Report of the Indian Hemp Drugs Commission, 1894-1895 - Volume VII
Year: 1894
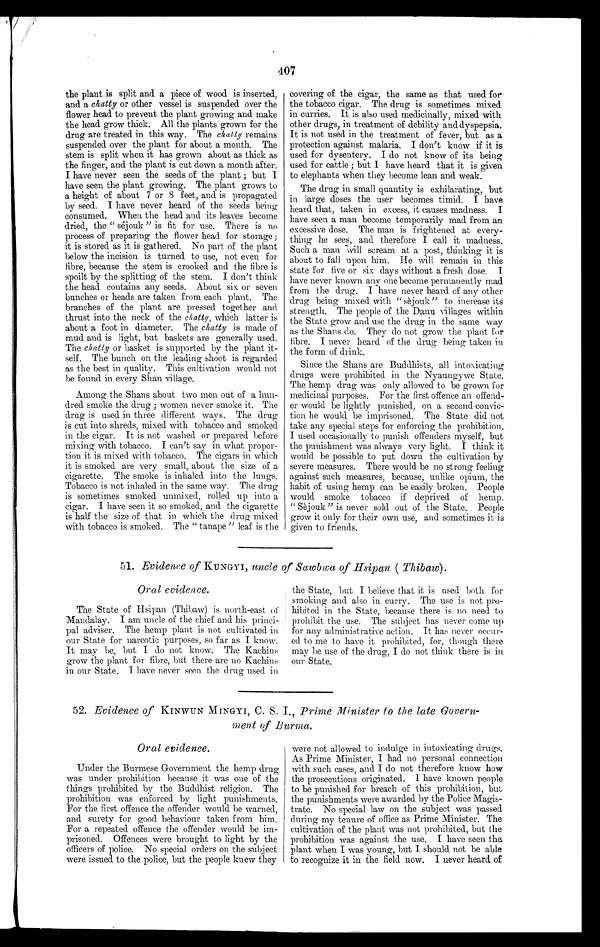
407
the plant is split and a piece of wood is inserted,
and. a chatty or other vessel is suspended over the
flower head to prevent the plant growing and make
the head grow thick. All the plants grown for the
drug are treated in this way. The chatty remains
suspended over the plant for about a month. The
stem is split when it has grown about as thick as
the finger, and the plant is cut down a month after.
I have never seen the seeds of the plant ; but I
have seen the plant growing. The plant grows to
a height of about 7 or 8 feet, and is propagated
by seed. I have never heard of the seeds being
consumed. When the head and its leaves become
dried, the " séjouk " is fit for use. There is no
process of preparing the flower head for storage;
it is stored as it is gathered. No part of the plant
below the incision is turned to use, not even for
fibre, because the stem is crooked and the fibre is
spoilt by the splitting of the stem. I don't think
the head contains any seeds. About six or seven
bunches or heads are taken from each plant. The
branches of the plant are pressed together and
thrust into the neck of the chatty, which latter is
about a foot in diameter. The chatty is made of
mud and is light, but baskets are generally used.
The chatty or basket is supported by the plant it-
self. The bunch on the leading shoot is regarded
as the best in quality. This cultivation would not
be found in every Shan village.
Among the Shans about two men out of a hun-
dred smoke the drug ; women never smoke it. The
drug is used in three different ways. The drug
is cut into shreds, mixed with tobacco and smoked
in the cigar. It is not washed or prepared before
mixing with tobacco. I can't say in what propor-
tion it is mixed with tobacco. The cigars in which
it is smoked are very small, about the size of a
cigarette. The smoke is inhaled into the lungs.
Tobacco is not inhaled in the same way. The drug
is sometimes smoked. unmixed, rolled up into a
cigar. I have seen it so smoked, and the cigarette
is half the size of that in which the drug mixed
with tobacco is smoked. The " tanape " leaf is the
covering of the cigar, the same as that used for
the tobacco cigar. The drug is sometimes mixed
in curries. It is also used medicinally, mixed with
other drugs, in treatment of debility and dyspepsia.
It is not used in the treatment of fever, but as a
protection against malaria. I don't know if it is
used for dysentery. I do not know of its being
used for cattle ; but I have heard that it is given
to elephants when they become lean and weak.
The drug in small quantity is exhilarating, but
in large doses the user becomes timid. I have
heard that, taken in excess, it causes madness. I
have seen a man become temporarily mad from an
excessive dose. The man is frightened at every-
thing he sees, and therefore I call it madness.
Such a man will scream at a post, thinking it is
about to fall upon him. He will remain in this
state for five or six days without a fresh dose. I
have never known any one become permanently mad
from the drug. I have never heard of any other
drug being mixed with " séjouk" to increase its
strength. The people of the Danu villages within
the State grow and use the drug in the same way
as the Shans do. They do not grow the plant for
fibre. I never heard of the drug being taken in
the form of drink.
Since the Shans are Buddhists, all intoxicating
drugs were prohibited in the Nyaungywe State.
The hemp drug was only allowed to be grown for
medicinal purposes. For the first offence an offend-
er would be lightly punished, on a second convic-
tion he would be imprisoned. The State did not
take any special steps for enforcing the prohibition.
I used occasionally to punish offenders myself, but
the punishment was always very light. I think it
would be possible to put down the cultivation by
severe measures. There would be no strong feeling
against such measures, because, unlike opium, the
habit of using hemp can be easily broken. People
would smoke tobacco if deprived of hemp.
" Sèjouk" is never sold out of the State. People
grow it only for their own use, and sometimes it is
given to friends.
51. Evidence of KUNGYI, uncle of Sawbwa of Hsipan (Thibaw).
Oral evidence.
The State of Hsipan (Thibaw) is north-east of
Mandalay. I am uncle of the chief and his princi-
pal adviser. The hemp plant is not cultivated in
our State for narcotic purposes, so far as I know.
It may be, but I do not know. The Kachins
grow the plant for fibre, but there are no Kachins
in our State. I have never seen the drug used in
the State, but I believe that it is used both for
smoking and also in curry. The use is not pro-
hibited in the State, because there is no need to
prohibit the use. The subject has never come up
for any administrative action. It has never occur-
ed to me to have it prohibited, for, though there
may he use of the drug, I do not think there is in
our State.
52. Evidence of KINWUN MINGYI, C. S. I., Prime Minister to the late Govern-
ment of Burma.
Oral evidence.
Under the Burmese Government the hemp drug
was under prohibition because it was one of the
things prohibited by the Buddhist religion. The
prohibition was enforced by light punishments.
For the first offence the offender would be warned,
and surety for good behaviour taken from him.
For a repeated offence the offender would be im-
prisoned. Offences were brought to light by the
officers of police. No special orders on the subject
were issued to the police, but the people knew they
were not allowed to indulge in intoxicating drugs.
As Prime Minister, I had no personal connection
with such cases, and I do not therefore know how
the prosecutions originated. I have known. people
to be punished for breach of this prohibition, but
the punishments were awarded by the Police Magis-
trate. No special law on the subject was passed
during my tenure of office as Prime Minister. The
cultivation of the plant was not prohibited, but the
prohibition was against the use. I have seen the
plant when I was young, but I should not be able
to recognize it in the field now. I never heard of